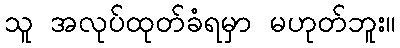
သူ အလုပ်ထုတ်ခံရမှာ မဟုတ်ဘူး။